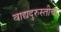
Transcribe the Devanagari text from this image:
वाद्यदुरुस्तीचा